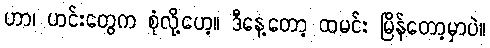
ဟာ၊ ဟင်းတွေက စုံလို့ဟေ့။ ဒီနေ့တော့ ထမင်း မြိန်တော့မှာပဲ။